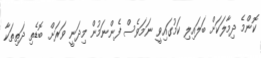
ކޮންމެ ދިމާލަކަށް ބަލައިލި ކަމުގައިވީ ނަމަވެސް ފެންނަމުން މިދަނީ ވަރަށް ބޮޑެތި ދަތިތަކާ